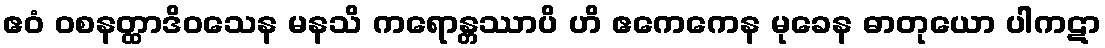
ဧဝံ ဝစနတ္ထာဒိဝသေန မနသိ ကရောန္တဿာပိ ဟိ ဧကေကေန မုခေန ဓာတုယော ပါကဋာ